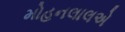
મોહનલાલએ